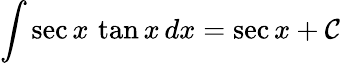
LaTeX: \int\sec{x}\, \tan{x}\, dx=\sec{x}+\mathcal{C}